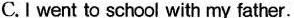
C.I went to school with my father.